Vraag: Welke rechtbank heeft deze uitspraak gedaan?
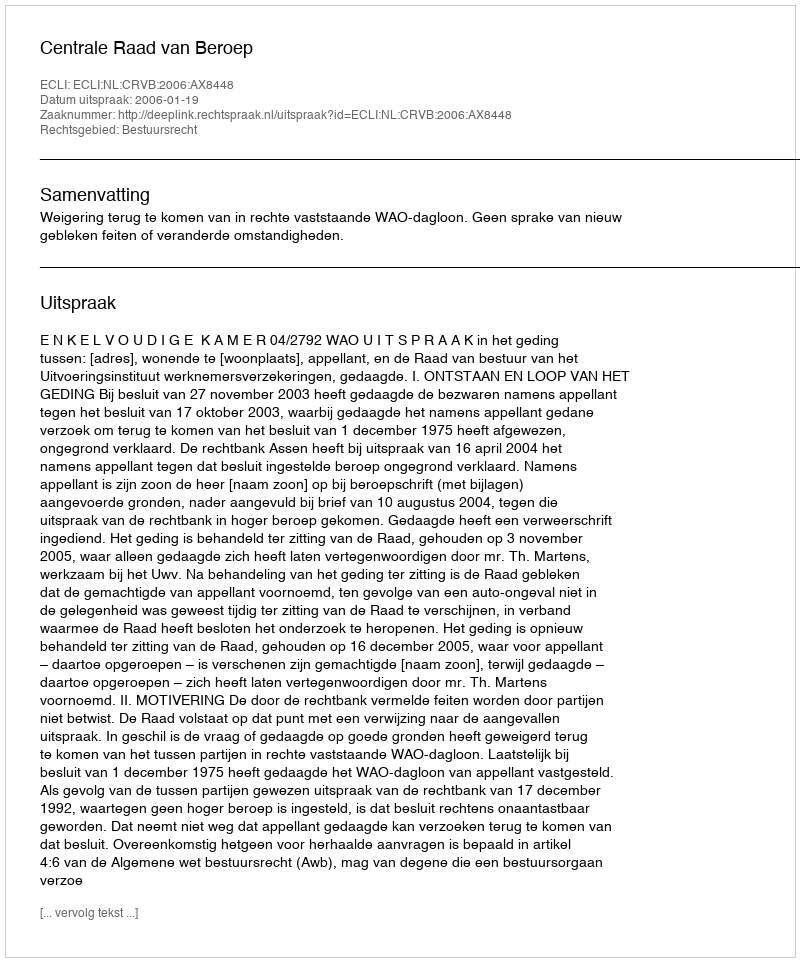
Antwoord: Centrale Raad van Beroep